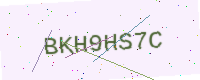
Text: BKH9HS7C